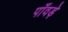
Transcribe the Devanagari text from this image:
पाँवड़े